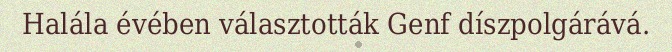
Halála évében választották Genf díszpolgárává.